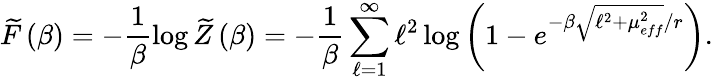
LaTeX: \widetilde{F}\left(\beta\right)=-\frac{1}{\beta}\log\widetilde{Z}\left(\beta\right)=-\frac{1}{\beta}\sum_{\ell=1}^{\infty}\ell^{2}\log\left(1-e^{-\beta\sqrt{\ell^{2}+\mu_{eff}^{2}}/r}\right).